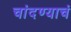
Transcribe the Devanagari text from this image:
चांदण्याचं